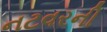
નટવરની